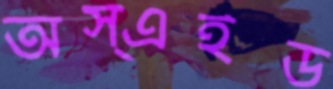
অস্এইড